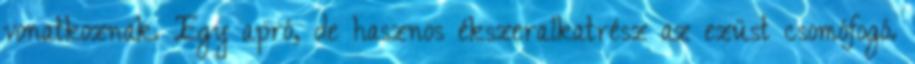
vonatkoznak. Egy apró, de hasznos ékszeralkatrész az ezüst csomófogó.